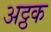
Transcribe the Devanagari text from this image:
अट्ठक